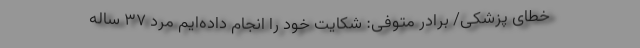
خطای پزشکی/ برادر متوفی: شکایت خود را انجام داده‌ایم مرد ۳۷ ساله